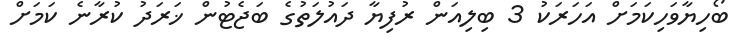
ބޯހިޔާވަހިކަމަށް އަހަރަކު 3 ބިލިއަން ރުފިޔާ ދައުލަތުގެ ބަޖެޓުން ޚަރަދު ކުރާނެ ކަމަށް